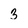
Character: 3